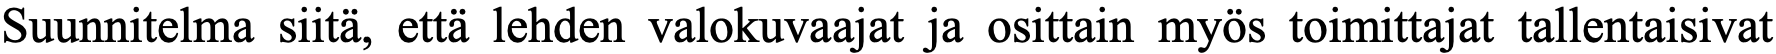
Suunnitelma siitä, että lehden valokuvaajat ja osittain myös toimittajat tallentaisivat